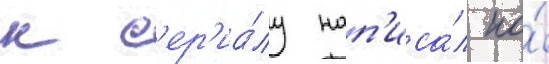
к с'ер'иа́лу нап'иса́л ко́